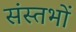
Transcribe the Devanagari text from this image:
संस्तभों